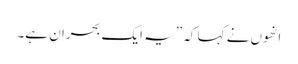
انھوں نے کہا کہ ”یہ ایک بحران ہے۔